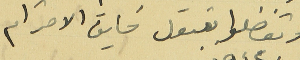
وتفضلوا بقبول فايق الاحترام